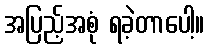
အပြည့်အစုံ ရခဲ့တာပေါ့။